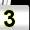
Digit: 3